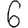
Digit: 6